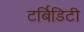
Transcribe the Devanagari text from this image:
टर्बिडिटी